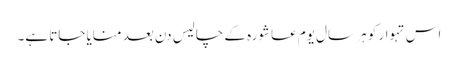
اس تہوار کو ہر سال یوم عاشورہ کے چالیس دن بعد منایا جاتا ہے۔